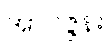
အာဝဇ္ဇန်း